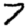
Digit: 7